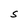
Character: S